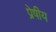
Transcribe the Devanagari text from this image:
प्रेषीय